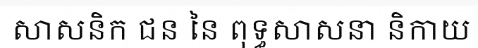
សាសនិក ជន នៃ ពុទ្ធសាសនា និកាយ